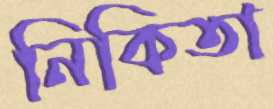
নিকিতা